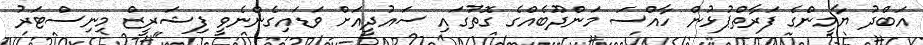
އަބްދު ޔާމީންގެ ފަރާތްޕުޅުން ހާއްސަ މަންދޫބެއްގެ ގޮތުގައި ސައުދީއަށް ވަޑައިގެންނެވީ ފިޝަރީޒް މިނިސްޓަރު